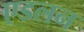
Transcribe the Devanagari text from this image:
एडलन